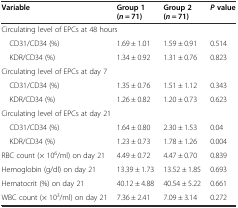
<table><thead><tr><td><b>Variable</b></td><td><b>Group 1 (<i>n</i> = 71)</b></td><td><b>Group 2 (<i>n</i> = 71)</b></td><td><b><i>P</i>value</b></td></tr></thead><tbody><tr><td colspan="4">Circulating level of EPCs at 48 hours</td></tr><tr><td> CD31/CD34 (%)</td><td>1.69 ± 1.01</td><td>1.59 ± 0.91</td><td>0.514</td></tr><tr><td> KDR/CD34 (%)</td><td>1.34 ± 0.92</td><td>1.31 ± 0.76</td><td>0.823</td></tr><tr><td colspan="4">Circulating level of EPCs at day 7</td></tr><tr><td> CD31/CD34 (%)</td><td>1.35 ± 0.76</td><td>1.51 ± 1.12</td><td>0.343</td></tr><tr><td> KDR/CD34 (%)</td><td>1.26 ± 0.82</td><td>1.20 ± 0.73</td><td>0.623</td></tr><tr><td colspan="4">Circulating level of EPCs at day 21</td></tr><tr><td> CD31/CD34 (%)</td><td>1.64 ± 0.80</td><td>2.30 ± 1.53</td><td>0.04</td></tr><tr><td> KDR/CD34 (%)</td><td>1.23 ± 0.73</td><td>1.78 ± 1.26</td><td>0.004</td></tr><tr><td>RBC count (× 10<sup>6</sup>/ml) on day 21</td><td>4.49 ± 0.72</td><td>4.47 ± 0.70</td><td>0.839</td></tr><tr><td>Hemoglobin (g/dl) on day 21</td><td>13.39 ± 1.73</td><td>13.52 ± 1.85</td><td>0.693</td></tr><tr><td>Hematocrit (%) on day 21</td><td>40.12 ± 4.88</td><td>40.54 ± 5.22</td><td>0.661</td></tr><tr><td>WBC count (× 10<sup>3</sup>/ml) on day 21</td><td>7.36 ± 2.41</td><td>7.09 ± 3.14</td><td>0.272</td></tr></tbody></table>